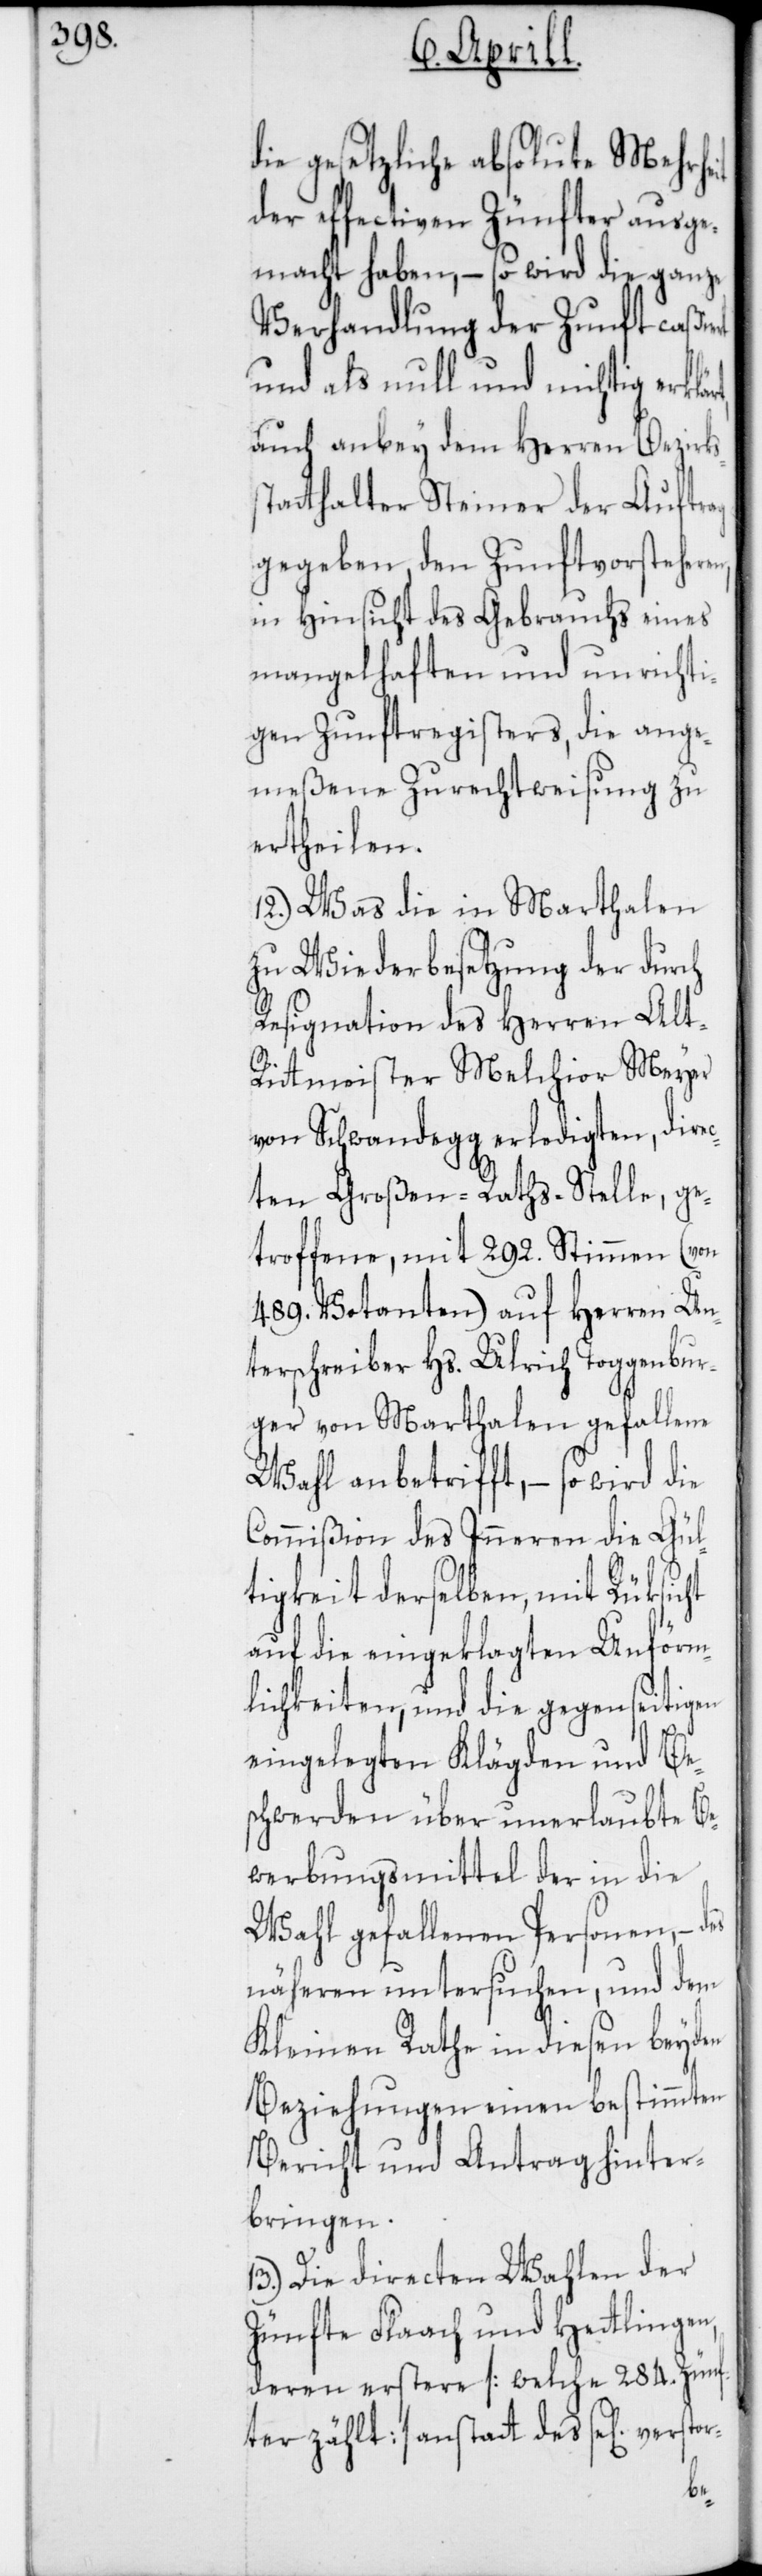
die gesetzliche absolute Mehrheit
der effectiven Zünfter ausge¬
macht haben, – so wird die ganze
Verhandlung der Zunft caßier¬
und als null und nichtig erklä¬
auch anbey dem Herren Bezirks¬
statthalter Steiner der Auftrag
gegeben, den Zunftvorsteheren,
in Hinsicht des Gebrauchs eines
mangelhaften und unrichti¬
gen Zunftregisters, die ange¬
meßene Zurechtweisung zu
ertheilen.
12.) Was die in Marthalen
zu Wiederbesetzung der durch
Resignation des Herren Alt-R¬
itmeister Melchior Meyer
von Schwandegg erledigten, direc¬
ten Großen-Raths-Stelle, ge¬
troffene, mit 292. Stimmen (von
489. Votanten) auf Herren Un¬
terschreiber Hs. Ulrich Toggenbur¬
ger von Marthalen gefallene
Wahl anbetrifft, – so wird die
Commißion des Inneren die Gül¬
tigkeit derselben, mit Rüksicht
auf die eingeklagten Unförm¬
lichkeiten, und die gegenseitigen
eingelegten Klägden und Be¬
schwerden über unerlaubte Be¬
werbungsmittel der in die
Wahl gefallenen Personen, – des
näheren untersuchen, und dem
Kleinen Rathe in diesen beyden
Beziehungen einen bestimmten
Bericht und Antrag hinter¬
bringen.
13.) Die directen Wahlen der
Zünfte Flaach und Hetlingen,
deren erstere [welche 284. Zünf¬
ter zählt] anstatt des sel. verstor-
rt,